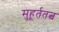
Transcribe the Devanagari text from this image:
मुहूर्ततत्व